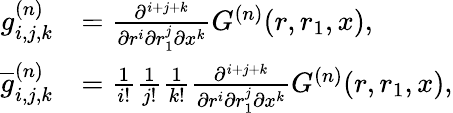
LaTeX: \begin{array}{rl}{g_{i,j,k}^{(n)}}&{=\frac{\partial^{i+j+k}}{\partial r^{i}\partial r_{1}^{j}\partial x^{k}}G^{(n)}(r,r_{1},x),}\\ {\overline{{g}}_{i,j,k}^{(n)}}&{=\frac{1}{i!}\frac{1}{j!}\frac{1}{k!}\frac{\partial^{i+j+k}}{\partial r^{i}\partial r_{1}^{j}\partial x^{k}}G^{(n)}(r,r_{1},x),}\end{array}